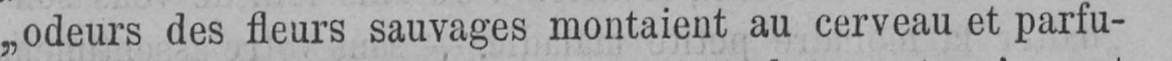
„odeurs des fleurs sauvages montaient au cerveau et parfu-